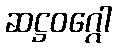
ဆဋ္ဌဝဂ္ဂေါ